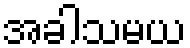
အခါသမယ